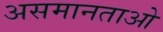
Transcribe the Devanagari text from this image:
असमानताओ